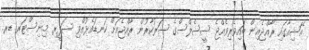
އޭޝިއާގައި ރާއްޖެއިން ބައިވެރިވެއްޖެ ސީޝެލްސްގެ ސަރުކާރުން ރާއްޖެއަށް ކަނޑައެޅުއްވި ސަފީރ